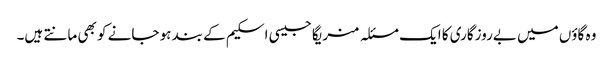
وہ گاؤں میں بےروزگاری کا ایک مسئلہ منریگا جیسی اسکیم کے بند ہو جانے کو بھی مانتے ہیں۔